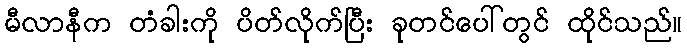
မီလာနီက တံခါးကို ပိတ်လိုက်ပြီး ခုတင်ပေါ်တွင် ထိုင်သည်။